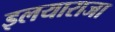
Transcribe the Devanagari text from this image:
इलयाराजा